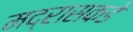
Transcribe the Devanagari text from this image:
मद्रासकडे